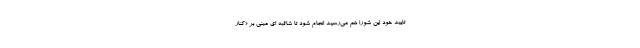
تایید خود این شورا هم می‌رسید انجام شود تا شائبه ای مبنی بر «کنار